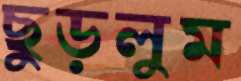
ছুড়লুম